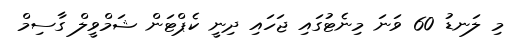
މި ލަނޑު 60 ވަނަ މިނެޓުގައި ޖަހައި ދިނީ ކެޕްޓަން ޝަމްވީލް ގާސިމް